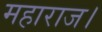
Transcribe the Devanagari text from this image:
महाराज।